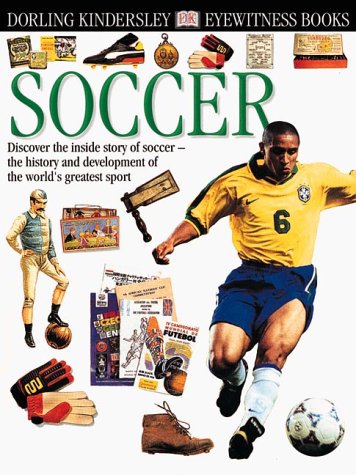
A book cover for Eyewitness: Soccer; Hugh Horrnby; Children's Books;